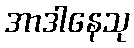
အာဒါနေသု